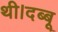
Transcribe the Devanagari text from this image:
थी।दब्बू